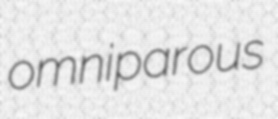
omniparous